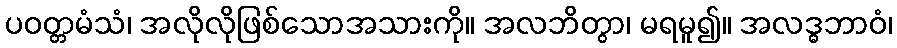
ပဝတ္တမံသံ၊ အလိုလိုဖြစ်သောအသားကို။ အလဘိတွာ၊ မရမူ၍။ အလဒ္ဓဘာဝံ၊